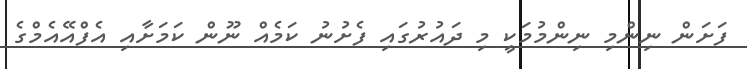
ފަށަން ނިންމި ނިންމުމަކީ މި ދައުރުގައި ފެށުނު ކަމެއް ނޫން ކަމަށާއި އެފްއޭއެމްގެ